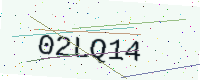
Text: 02LQ14